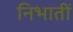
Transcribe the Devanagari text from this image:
निभातीं